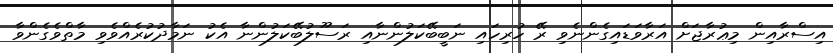
އިސްރާއިން މިޢުރާޖަށް އަރާވަޑައިގެންނެވި ރޭ ހުރިހައި ނަބީބޭކަލުންނާއި ރަސޫލުބޭކަލުންނާ އެކު ނަމާދުކުރެއްވެވި މާތްވެގެންވާ